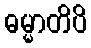
ဓမ္မာတိပိ